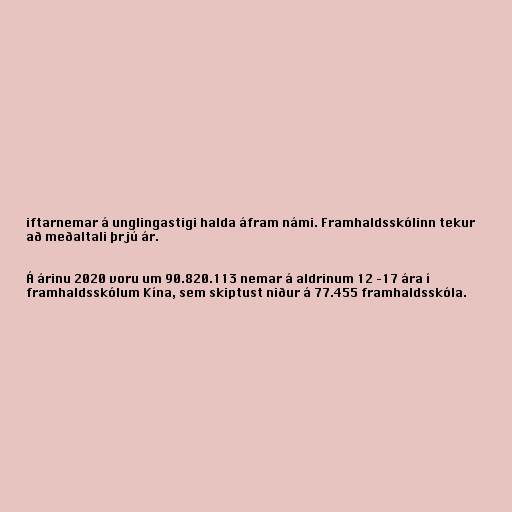
iftarnemar á unglingastigi halda áfram námi. Framhaldsskólinn tekur
að meðaltali þrjú ár.

Á árinu 2020 voru um 90.820.113 nemar á aldrinum 12 –17 ára í
framhaldsskólum Kína, sem skiptust niður á 77.455 framhaldsskóla.